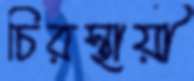
চিরস্থায়ী